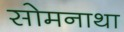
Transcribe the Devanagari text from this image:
सोमनाथा